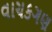
વાચકગણ